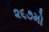
૨૬૭મો